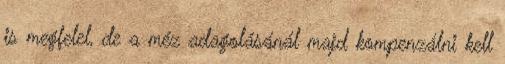
is megfelel, de a méz adagolásánál majd kompenzálni kell